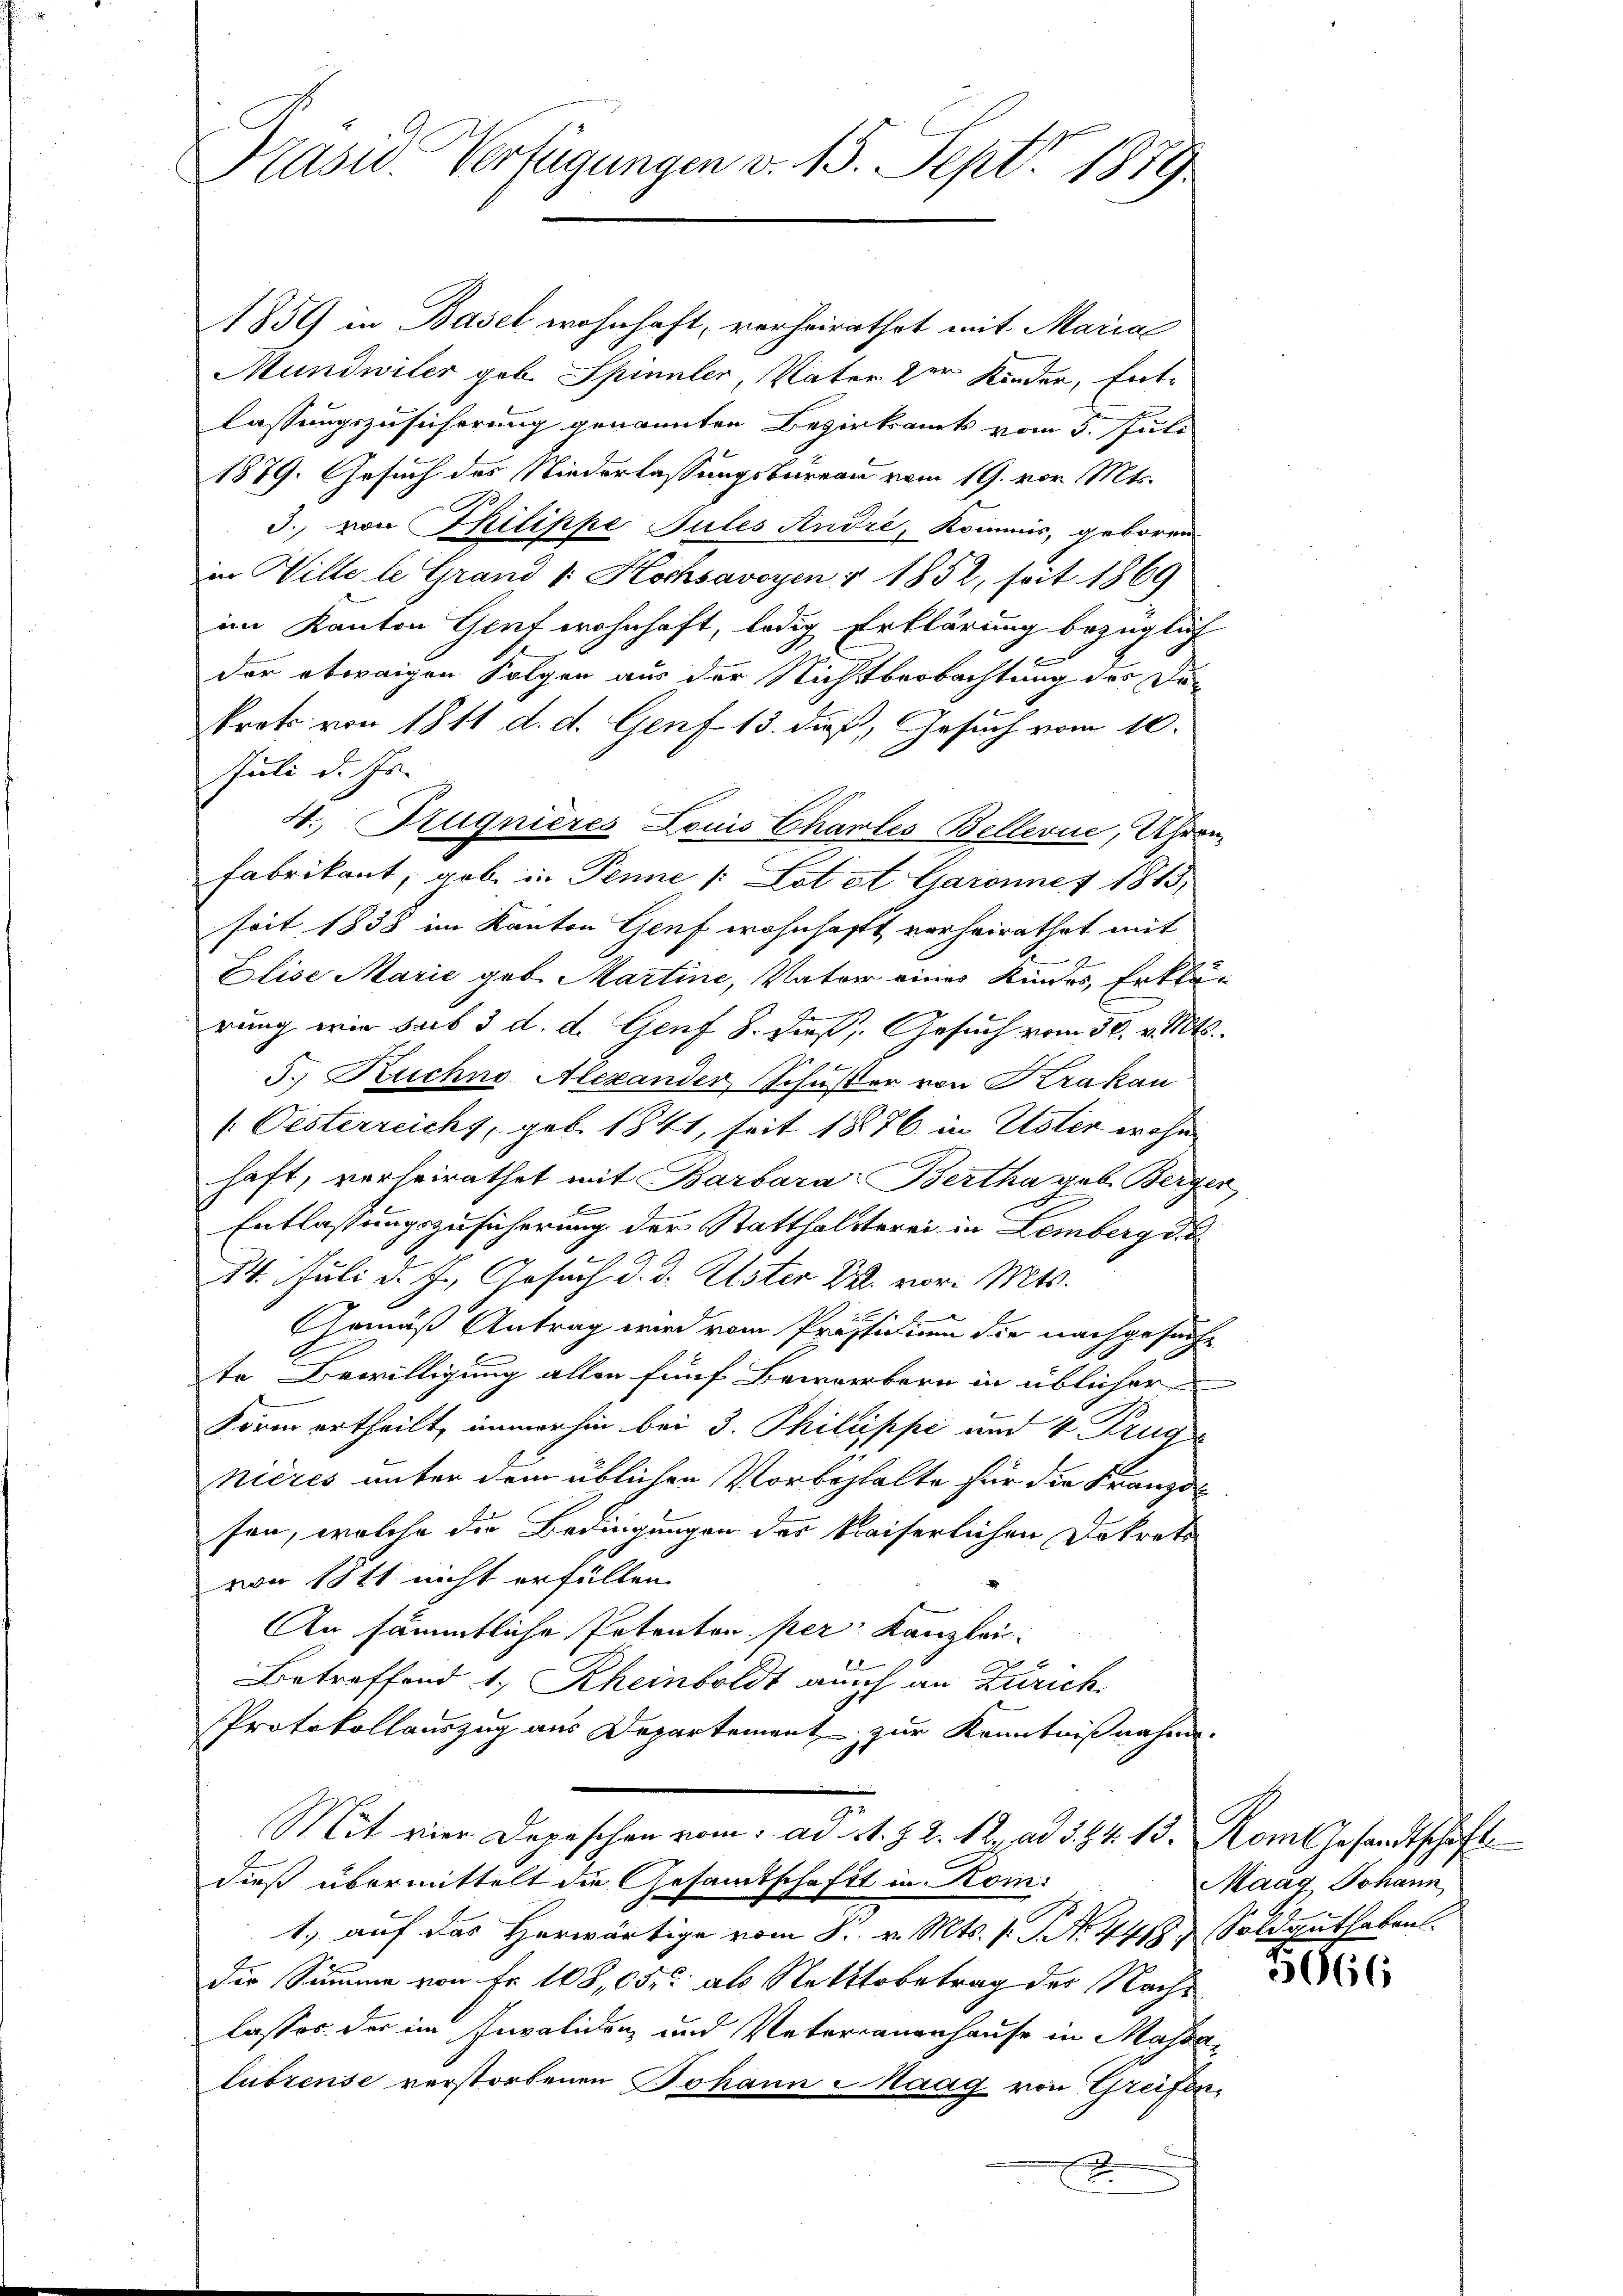
Präsid. Verfügungen v. 15. Sept. 1879

1859 in Basel wohnhaft, verheirathet mit Maria
Mundwiter geb. Spinnler, Vater der Kinder, Entlassungszusicherung genannten Bezirksamts vom 5. Juli
1879. Gesuch des Niederlassungsbureau vom 19. vor. Mts.
3., von Philippe Jules Andre, Kommis, geboren
in Wille le Grand k. Hochsavoyen § 1852, soit 1869
im Kanton Gent wohnhaft, ledig Erklärung bezüglich
f
der etwaigen Folgen aus der Nichtbeobachtung der De
trats von 1811 d. d. Genf 13. daß, Gesuch vom 10.
Juli d. Js.
4. Brugnières Louis Charles Bellevue, Uhren¬
Fabrikant, gab in Penne /: Lot et Garannes 1813,
seit 1838 im Kanton Genf wohnhaft verheirathet mit
Elise Marie geb. Martine, Vater eines Kindes, Erklärung wie sub 3 d. d. Genf 8. dieß, Gesuch vom 30. v. Mts.
5. Ruchno, Alexander, Schuster von Krakau
( Oesterreichs, geb. 1841, seit 18876 in Uster wohn
haft, verheirathet mit Barbara Bertha geb. Berger,
E
Entlassungszusicherung der Statthalsterei in Lemberg da
14. Juli d. J. Ansuch d. d. Ester Dr. vor. Mts.
Gemäß Antrag wird vom Präsidium die nachgesuche
te Bewilligung allen fünf Bewerbern in üblicher
Form ertheilt, immerhin bei 3. Philippe und 4 Krugs
nières unter dem üblichen Vorbehalte für die Franzol
son, welche die Bedingungen des kaiserlichen Dekrets
von 1811 nicht erfüllen.
An sämmtliche Petenten per Kanzlei:
Betreffend 1, Rheinboldt auch an Zürich
Protokollauszug aus Departement zur Kenntnißnahme.
Mit vier Depeschen vom ad 1. §. 2. 12. ad §. 64. 15. Rom Gesandtschaft
dieß übermittelt die Gesamtschaft in Kom¬
A
1.) auf das Herwärtige vom 8. v. Mts. s. S. N. 4418. Soldguthaben.
Die Summe von Fr. 108,05, als Nettobetrag des Nachs
lasses der im Invaliden, und Vaterianenhause in Massalubzense verstorbenen Johann Maag von Greifen¬
.

Maag Johann

56966